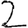
Digit: 2